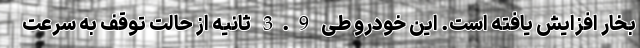
بخار افزایش یافته است. این خودرو طی 3.9 ثانیه از حالت توقف به سرعت